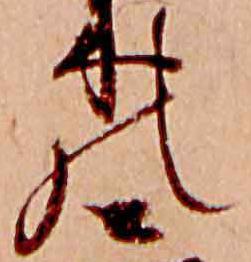
の